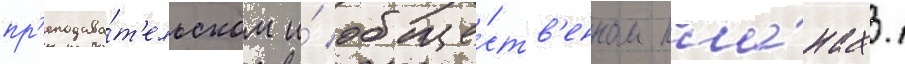
пр'еподава́т'ельском и́ обще́ств'енном пла́нах.